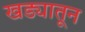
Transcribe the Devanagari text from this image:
खड्यातून